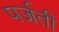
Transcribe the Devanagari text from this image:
पर्जती